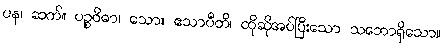
ပန၊ ဆက်။ ပဉ္စဝိဓာ၊ သော။ ဧသာပီတိ၊ ထိုဆိုအပ်ပြီးသော သဘောရှိသော။